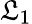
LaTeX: \mathfrak{L}_{1}